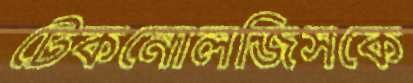
টেকনোলজিসকে